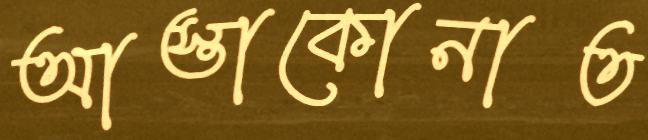
আস্তাকোনাত